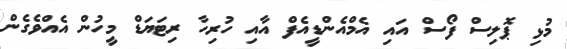
މުޅި ޕޮލިސް ފޯސް އައި އެމްއެންޑީއެފް އާއި ހުރިހާ ރިޓަޔަޑް މީހުން އެއްވެގެން